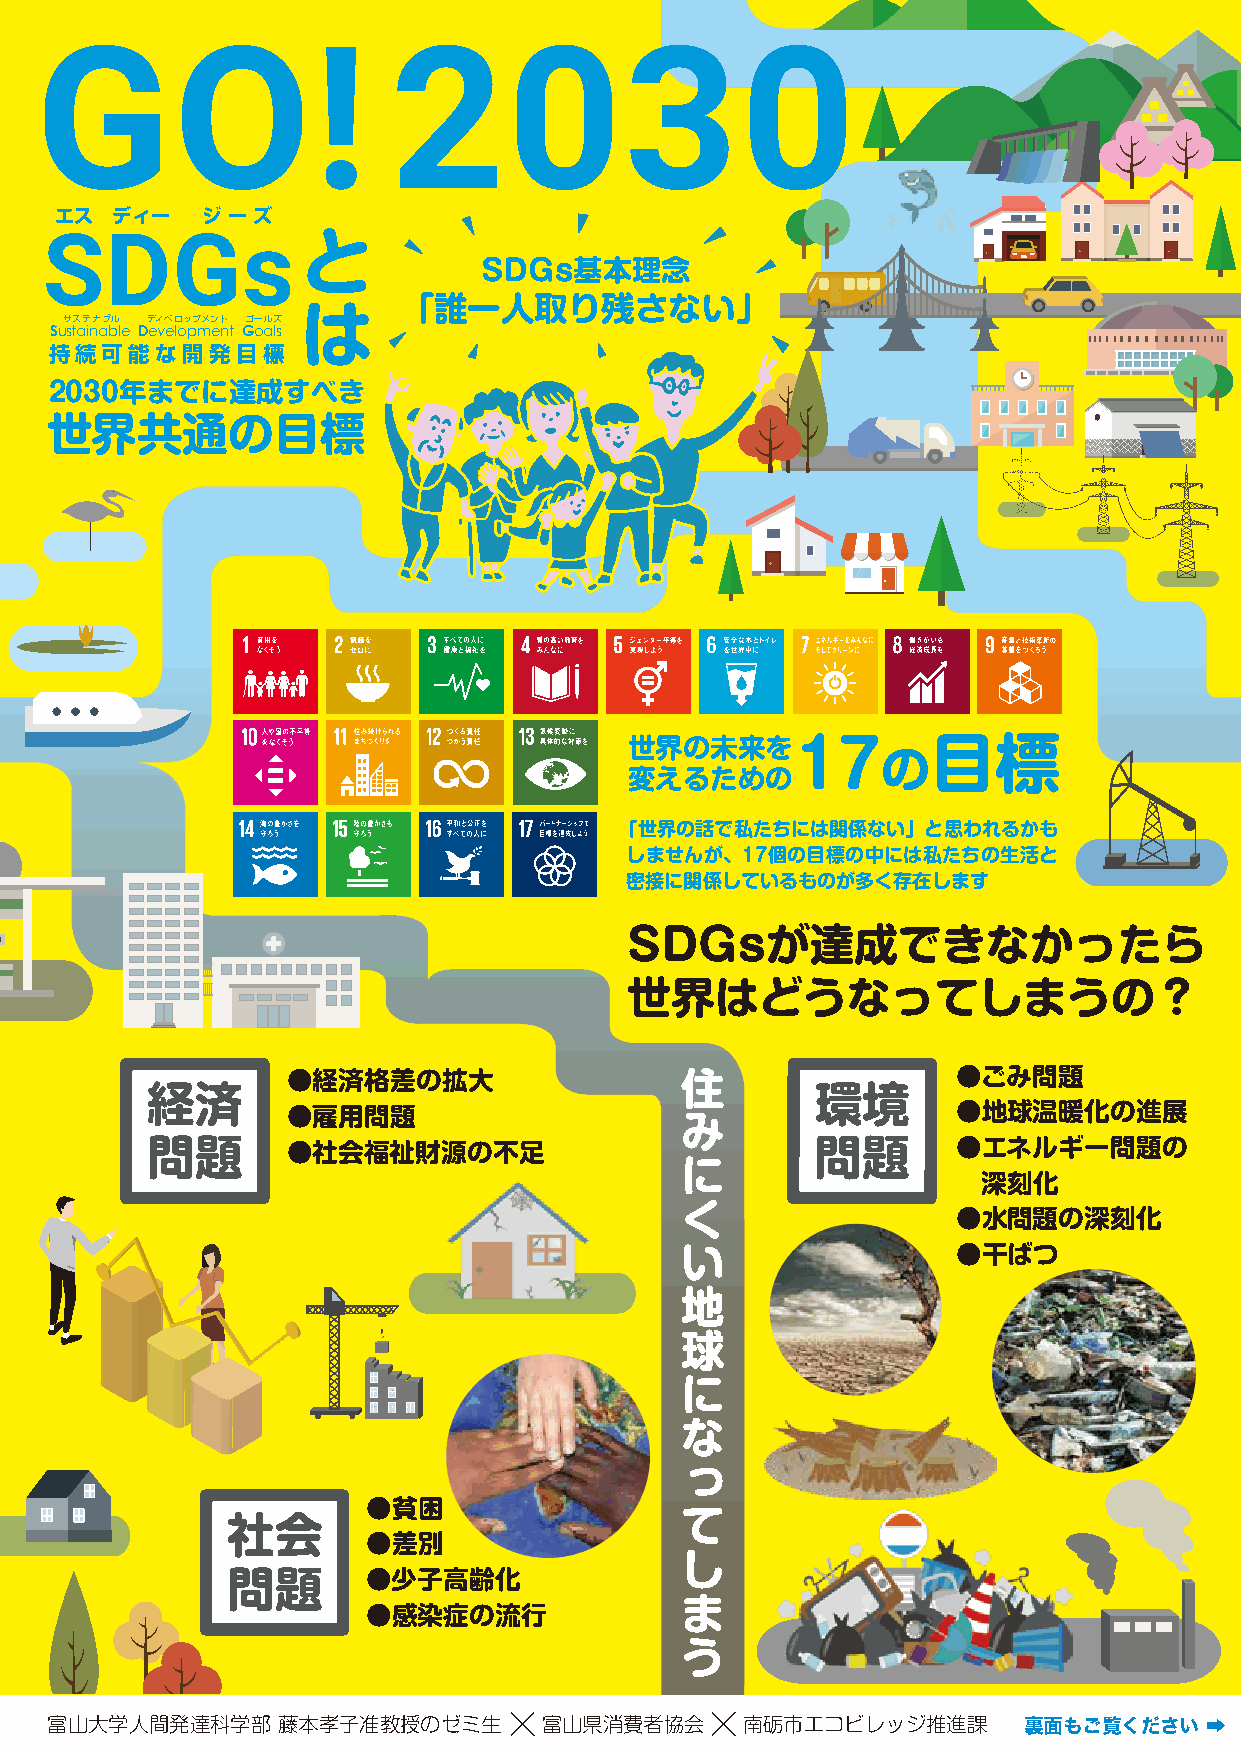
GO!                     2030
 エス ディー   ジ ー ズ
 と
 SDGs
 SDGs基本理念
 は
 「誰一人取り残さない」
 サステナブル ディベロップメント ゴールズ
 Sustainable Development Goals
 持続可能な開発目標
 2030年までに達成すべき
 世界共通の目標
 世界の未来を17            目標
 の
 変えるための
 「世界の話で私たちには関係ない」と思われるかも
 しませんが、17個の目標の中には私たちの生活と
 密接に関係しているものが多く存在します
 SDGsが達成できなかったら
 世界はどうなってしまうの？
 住
 ●経済格差の拡大                                    ●ごみ問題
 経済                                          環境
 ●雇用問題                     み                 ●地球温暖化の進展
 問題       ●社会福祉財源の不足                に        問題       ●エネルギー問題の
 深刻化
 く
 ●水問題の深刻化
 い
 ●干ばつ
 地
 球
 に
 な
 っ
 ●貧困                  て
 社会
 ●差別                  し
 問題       ●少子高齢化
 ま
 ●感染症の流行
 う
 富富富富山山山山大大大大学学学学人人人人間間間間発発発発達達達達科科科科学学学学部部部部 藤藤藤藤本本本本孝孝孝孝子子子子准准准准教教教教授授授授ののののゼゼゼゼミミミミ生生生生 富富富富山山山山県県県県消消消消費費費費者者者者協協協協会会会会 南南南南砺砺砺砺市市市市エエエエココココビビビビレレレレッッッッジジジジ推推推推進進進進課課課課 裏裏面面ももごご覧覧くくだだささいい ➡➡